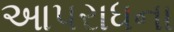
આપરાધના